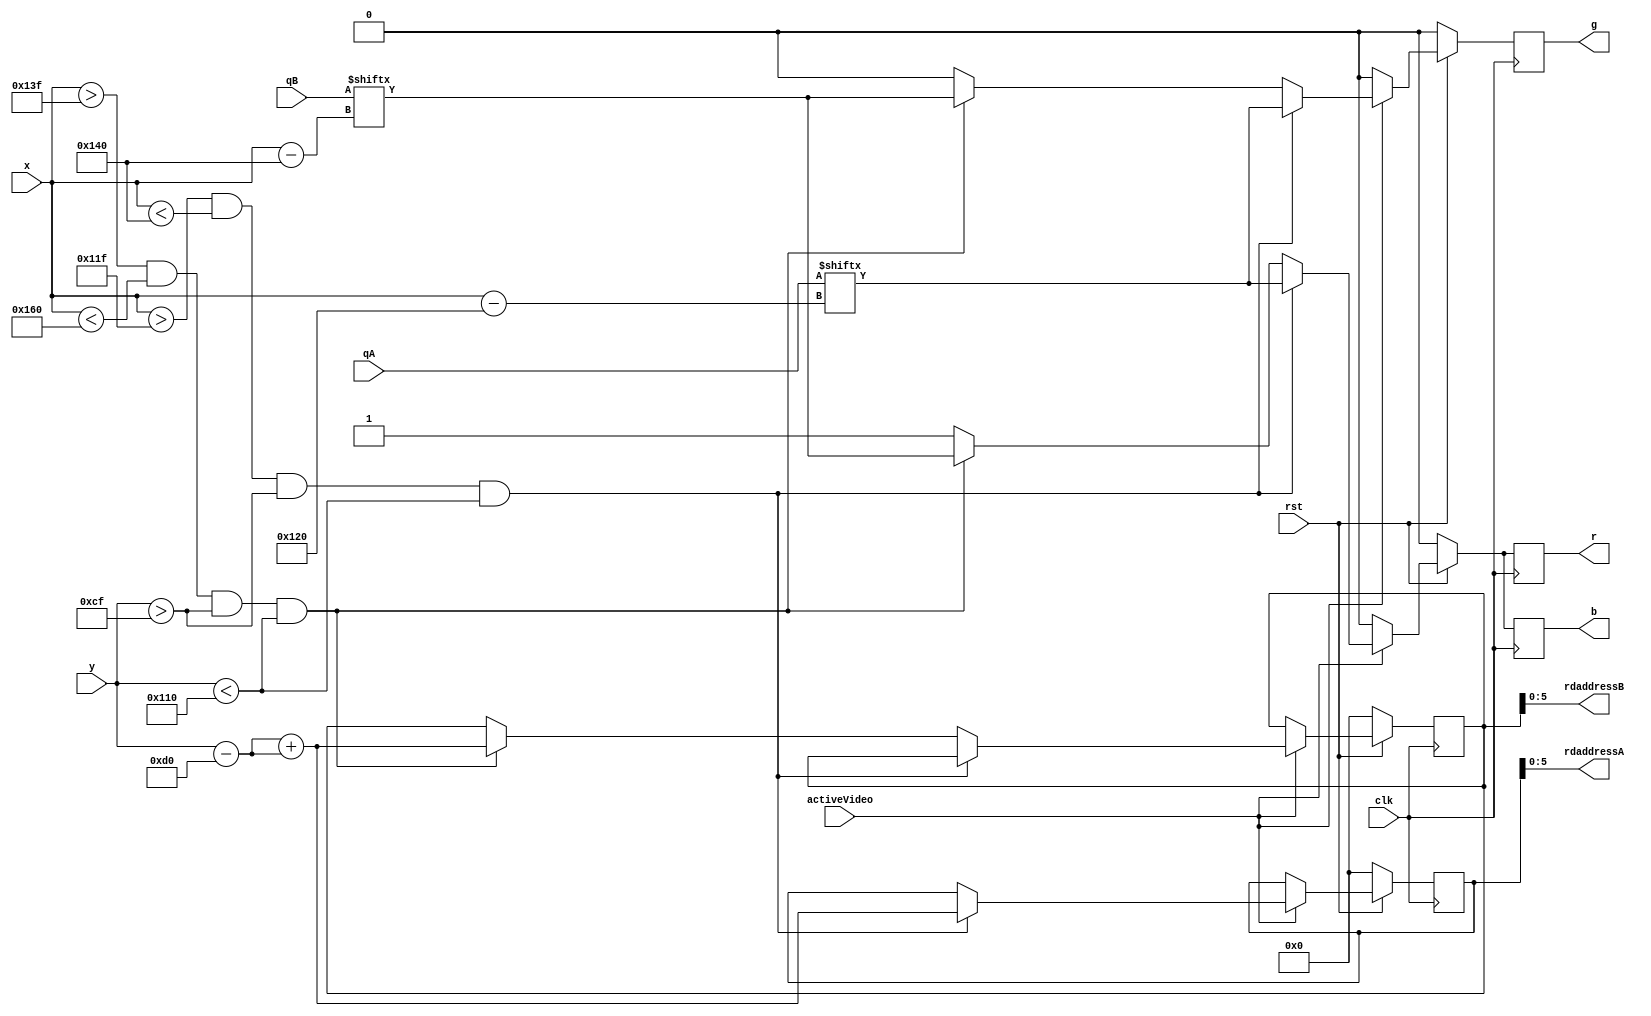
module drawPixel(clk, rst, x, y, activeVideo, r, g, b, rdaddressA, rdaddressB, qA, qB);
	//vai ter buffer de memria depois
	// memria dual port - para ler e escrever ao mesmo tempo
	
	input clk;
	input rst;
	input [9:0] x;
	input [9:0] y;
	input activeVideo;
	input [31:0] qA;
	input [31:0] qB;
	output [5:0] rdaddressA;
	output [5:0] rdaddressB;
	output reg r;
	output reg g;
	output reg b;
	
	reg [9:0] counterA;
	reg [9:0] counterB;
	
	assign rdaddressA = counterA[5:0];
	assign rdaddressB = counterB[5:0]; 

	//pinta a tela
	always @ (posedge clk) begin
		if(!rst) begin
			r <= 1'b0;
			g <= 1'b0;
			b <= 1'b0;
			counterA <= 10'd0;
			counterB <= 10'd0;
		end	
		else begin
			if(activeVideo) begin //aqui  pra ler a memria
				if(x > 10'd287 && x < 10'd320 && y > 10'd207 && y < 10'd272) begin
					counterA <= (y-208)+(y-208);
					r <= qA[x-288];
					g <= qA[x-288];
					b <= qA[x-288];
				end
				else if(x > 10'd319 && x < 10'd352 && y > 10'd207 && y < 10'd272) begin
					counterB <= (y-208)+(y-208);
					r <= qB[x-320];
					g <= qB[x-320];
					b <= qB[x-320];
				end
				else begin
					r <= 1'b1;
					g <= 1'b0;
					b <= 1'b1;
				end
			end
			else begin
				r <= 1'b0;
				g <= 1'b0;
				b <= 1'b0;
			end
		end
	end
endmodule